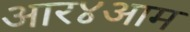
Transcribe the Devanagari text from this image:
आर४आम